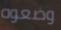
وضعوه